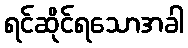
ရင်ဆိုင်ရသောအခါ